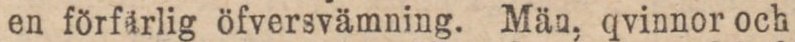
en förfärlig öfversvämning. Män, qvinnor och